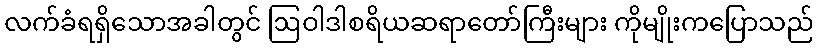
လက်ခံရရှိသောအခါတွင် ဩဝါဒါစရိယဆရာတော်ကြီးများ ကိုမျိုးကပြောသည်